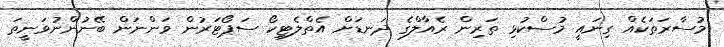
މުސާރަތަކެއް ގިނައީ މުސްކުޅި ތަރިން ރެއާލްގެ ދަނޑަށް އެތްލެޓިކޯ ސަޕޯޓަރުން ވަންނަން ބޭނުންނުވަނީތަ